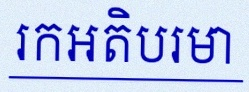
រកអតិបរមា